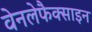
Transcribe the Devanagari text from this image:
वेनलेफैक्साइन